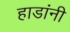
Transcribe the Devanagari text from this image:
हाडांनी